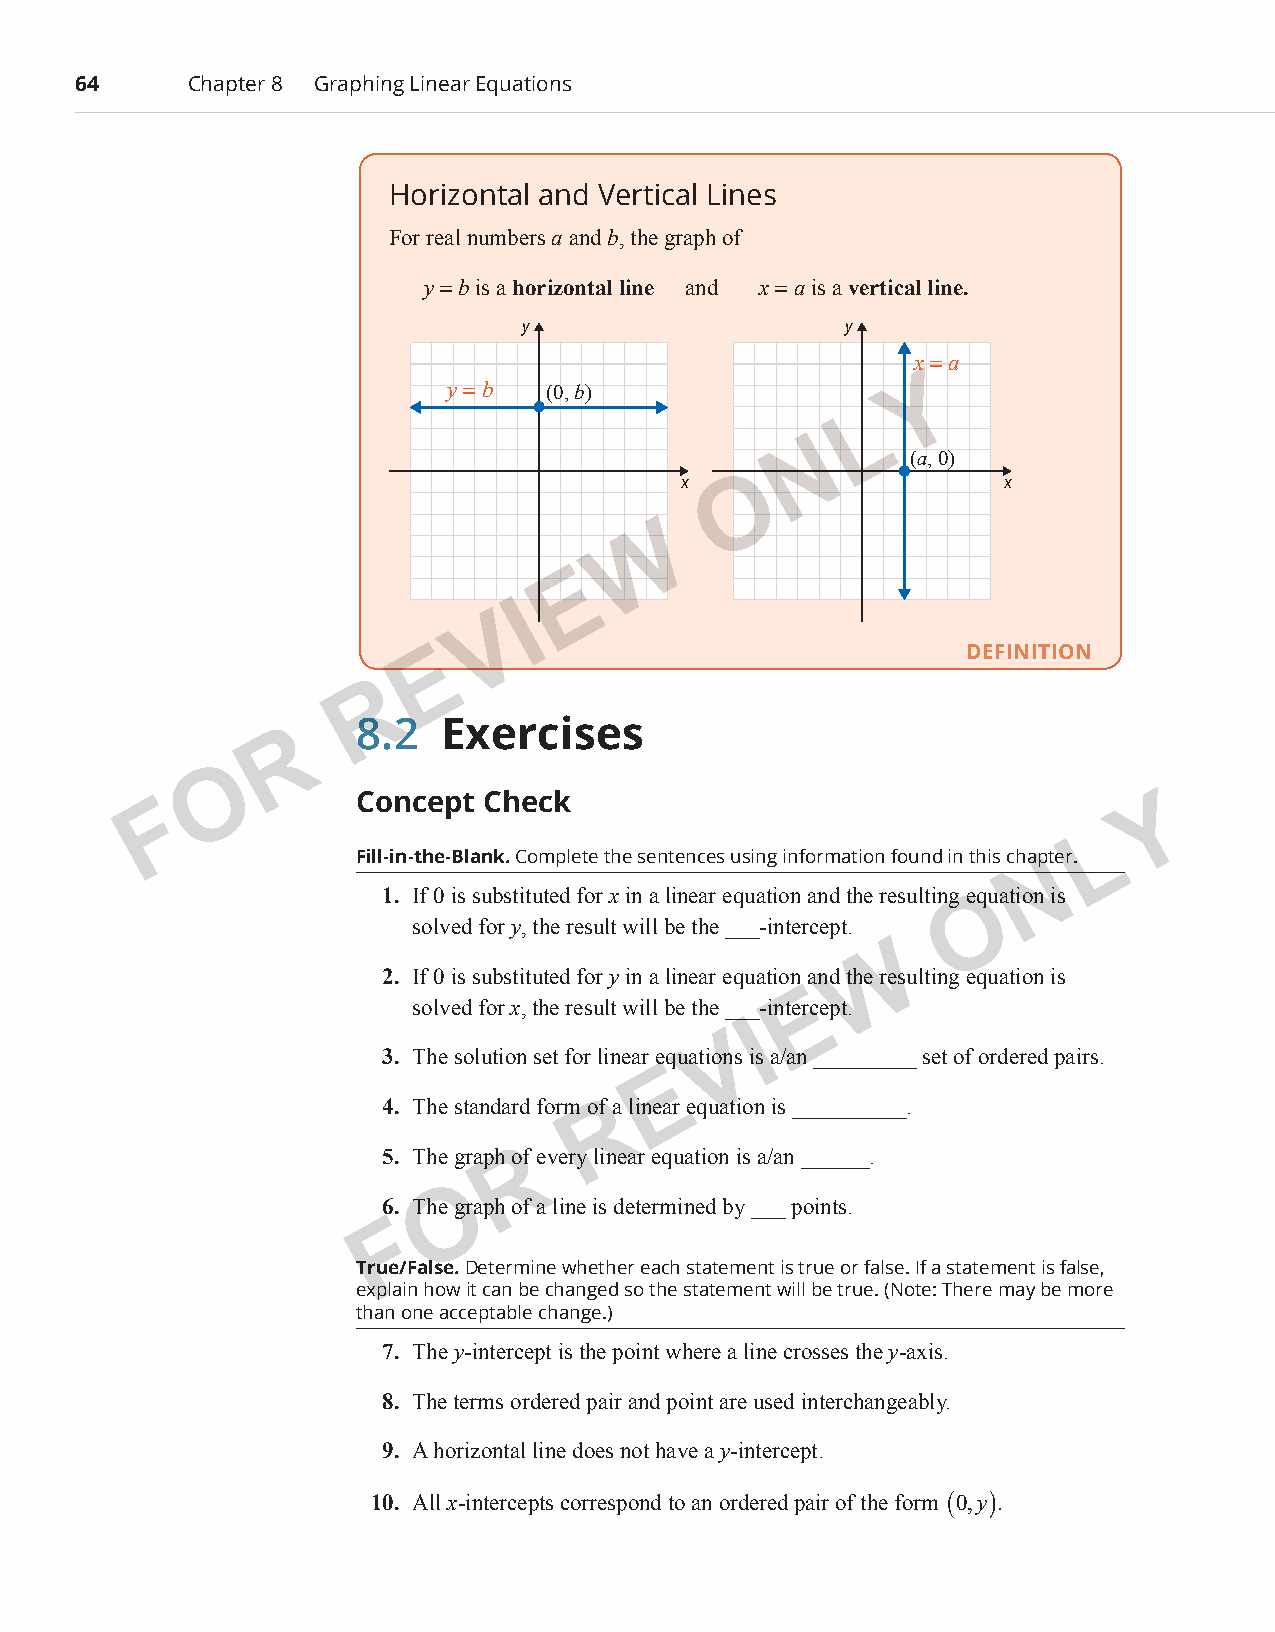
64      Chapter 8 Graphing Linear Equations
 Horizontal and Vertical Lines
 For real numbers a and b, the graph of
 y = b is a horizontal line and x = a is a vertical line.
 y                    y
 x=a
 Y
 y=b   (0, b)
 L
 N
 (a, 0)
 x   O                 x
 W
 E
 I
 V
 E                                  DEFINITION
 R
 8.2  Exercises
 R
 O
 F            Concept Check                                        Y
 L
 Fill-in-the-Blank. Complete the sentences using information found in this chapter.
 N
 1. If 0 is substituted for x in a linear equation and the resulting eOquation is
 solved for y, the result will be the ___-intercept.
 W
 2. If 0 is substituted for y in a linear equation and the resulting equation is
 E
 solved for x, the result will be the ___-intercept.
 I
 V
 3. The solution set for linear equations is a/an _________ set of ordered pairs.
 E
 4. The standard form oRf a linear equation is __________.
 5. The graph Rof every linear equation is a/an ______.
 O
 6. The graph of a line is determined by ___ points.
 F
 True/False. Determine whether each statement is true or false. If a statement is false,
 explain how it can be changed so the statement will be true. (Note: There may be more
 than one acceptable change.)
 7. The y-intercept is the point where a line crosses the y-axis.
 8. The terms ordered pair and point are used interchangeably.
 9. A horizontal line does not have a y-intercept.
 10. All x-intercepts correspond to an ordered pair of the form (0,y).
 PCM_Marketing_Booklet.indb 64                                            10/11/2017 10:01:50 AM